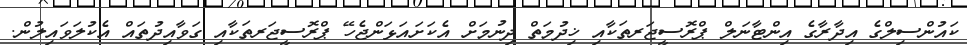
ކައުންސިލްގެ އިދާރާގެ އިންޓާނަލް ޕްރޮސީޖަރތަކާއި ޚިދުމަތް ދިނުމަށް އެކަށައަޅަންޖެހޭ ޕްރޮސީޖަރތަކާއި ގަވާއިދުތައް އެކުލަވައިލުން.